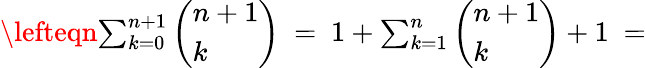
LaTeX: \begin{array}{rlr}{\lefteqn{\sum_{k=0}^{n+1}\left(\begin{array}{l}{n+1}\\ {k}\end{array}\right)\ =\ 1+\sum_{k=1}^{n}\left(\begin{array}{l}{n+1}\\ {k}\end{array}\right)+1\ =}}\end{array}